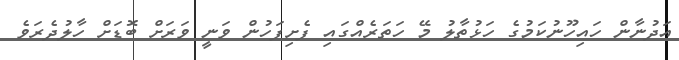
އަދުނާން ހައިހޫނުކަމުގެ ހަޅުތާލު މޭ ހަތަރެއްގައި ފެށިފަހުން ވަނީ ވަަރަށް ބޮޑަށް ހާލުދެރަވެ